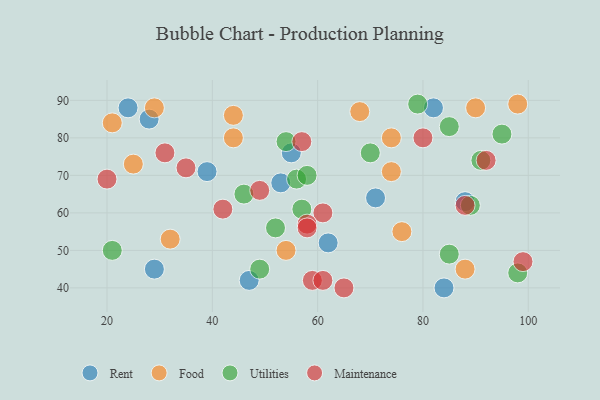
{"axis": {"x": "GDP", "y": "Life Expectancy"}, "legend": ["Food", "Maintenance", "Rent", "Utilities"], "data": [{"x": "24", "y": 88, "type": "Rent"}, {"x": "82", "y": 88, "type": "Rent"}, {"x": "71", "y": 64, "type": "Rent"}, {"x": "53", "y": 68, "type": "Rent"}, {"x": "55", "y": 76, "type": "Rent"}, {"x": "84", "y": 40, "type": "Rent"}, {"x": "39", "y": 71, "type": "Rent"}, {"x": "47", "y": 42, "type": "Rent"}, {"x": "88", "y": 63, "type": "Rent"}, {"x": "28", "y": 85, "type": "Rent"}, {"x": "62", "y": 52, "type": "Rent"}, {"x": "29", "y": 45, "type": "Rent"}, {"x": "74", "y": 80, "type": "Food"}, {"x": "68", "y": 87, "type": "Food"}, {"x": "44", "y": 80, "type": "Food"}, {"x": "88", "y": 45, "type": "Food"}, {"x": "29", "y": 88, "type": "Food"}, {"x": "21", "y": 84, "type": "Food"}, {"x": "54", "y": 50, "type": "Food"}, {"x": "25", "y": 73, "type": "Food"}, {"x": "90", "y": 88, "type": "Food"}, {"x": "74", "y": 71, "type": "Food"}, {"x": "44", "y": 86, "type": "Food"}, {"x": "32", "y": 53, "type": "Food"}, {"x": "98", "y": 89, "type": "Food"}, {"x": "76", "y": 55, "type": "Food"}, {"x": "89", "y": 62, "type": "Utilities"}, {"x": "49", "y": 45, "type": "Utilities"}, {"x": "56", "y": 69, "type": "Utilities"}, {"x": "58", "y": 70, "type": "Utilities"}, {"x": "57", "y": 61, "type": "Utilities"}, {"x": "91", "y": 74, "type": "Utilities"}, {"x": "95", "y": 81, "type": "Utilities"}, {"x": "46", "y": 65, "type": "Utilities"}, {"x": "54", "y": 79, "type": "Utilities"}, {"x": "98", "y": 44, "type": "Utilities"}, {"x": "85", "y": 49, "type": "Utilities"}, {"x": "79", "y": 89, "type": "Utilities"}, {"x": "70", "y": 76, "type": "Utilities"}, {"x": "85", "y": 83, "type": "Utilities"}, {"x": "21", "y": 50, "type": "Utilities"}, {"x": "52", "y": 56, "type": "Utilities"}, {"x": "20", "y": 69, "type": "Maintenance"}, {"x": "65", "y": 40, "type": "Maintenance"}, {"x": "35", "y": 72, "type": "Maintenance"}, {"x": "88", "y": 62, "type": "Maintenance"}, {"x": "80", "y": 80, "type": "Maintenance"}, {"x": "61", "y": 60, "type": "Maintenance"}, {"x": "49", "y": 66, "type": "Maintenance"}, {"x": "57", "y": 79, "type": "Maintenance"}, {"x": "59", "y": 42, "type": "Maintenance"}, {"x": "61", "y": 42, "type": "Maintenance"}, {"x": "58", "y": 57, "type": "Maintenance"}, {"x": "99", "y": 47, "type": "Maintenance"}, {"x": "42", "y": 61, "type": "Maintenance"}, {"x": "92", "y": 74, "type": "Maintenance"}, {"x": "31", "y": 76, "type": "Maintenance"}, {"x": "58", "y": 56, "type": "Maintenance"}]}